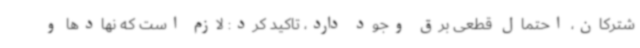
شترکان، احتمال قطعی برق وجود دارد، تاکید کرد: لازم است که نهادها و